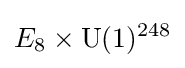
E_{8}\times {\text{U}}(1)^{248}